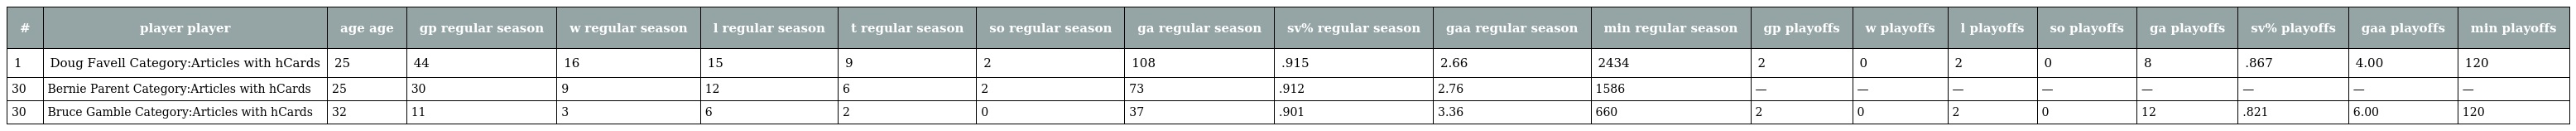
| # | player player | age age | gp regular season | w regular season | l regular season | t regular season | so regular season | ga regular season | sv% regular season | gaa regular season | min regular season | gp playoffs | w playoffs | l playoffs | so playoffs | ga playoffs | sv% playoffs | gaa playoffs | min playoffs |
 | --- | --- | --- | --- | --- | --- | --- | --- | --- | --- | --- | --- | --- | --- | --- | --- | --- | --- | --- | --- |
 | 1 | Doug Favell Category:Articles with hCards | 25 | 44 | 16 | 15 | 9 | 2 | 108 | .915 | 2.66 | 2434 | 2 | 0 | 2 | 0 | 8 | .867 | 4.00 | 120 |
 | 30 | Bernie Parent Category:Articles with hCards | 25 | 30 | 9 | 12 | 6 | 2 | 73 | .912 | 2.76 | 1586 | — | — | — | — | — | — | — | — |
 | 30 | Bruce Gamble Category:Articles with hCards | 32 | 11 | 3 | 6 | 2 | 0 | 37 | .901 | 3.36 | 660 | 2 | 0 | 2 | 0 | 12 | .821 | 6.00 | 120 |